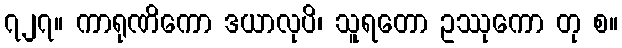
၇၂၇။ ကာရုဏိကော ဒယာလုပိ၊ သူရတော ဥဿုကော တု စ။